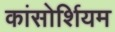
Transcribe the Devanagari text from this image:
कांसोर्शियम